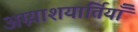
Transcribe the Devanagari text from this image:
अग्न्याशयार्तियाँ